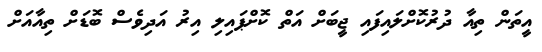
އީތަން ތިއާ ދުރުކޮށްލައިފައި ޖީބަށް އަތް ކޮށްޕައިލި އިރު އަދިވެސް ބޮޑަށް ތިއާއަށް